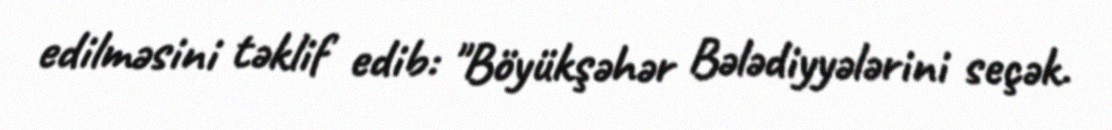
edilməsini təklif edib: "Böyükşəhər Bələdiyyələrini seçək.